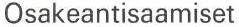
Osakeantisaamiset